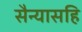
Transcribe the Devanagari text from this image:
सैन्यासहि